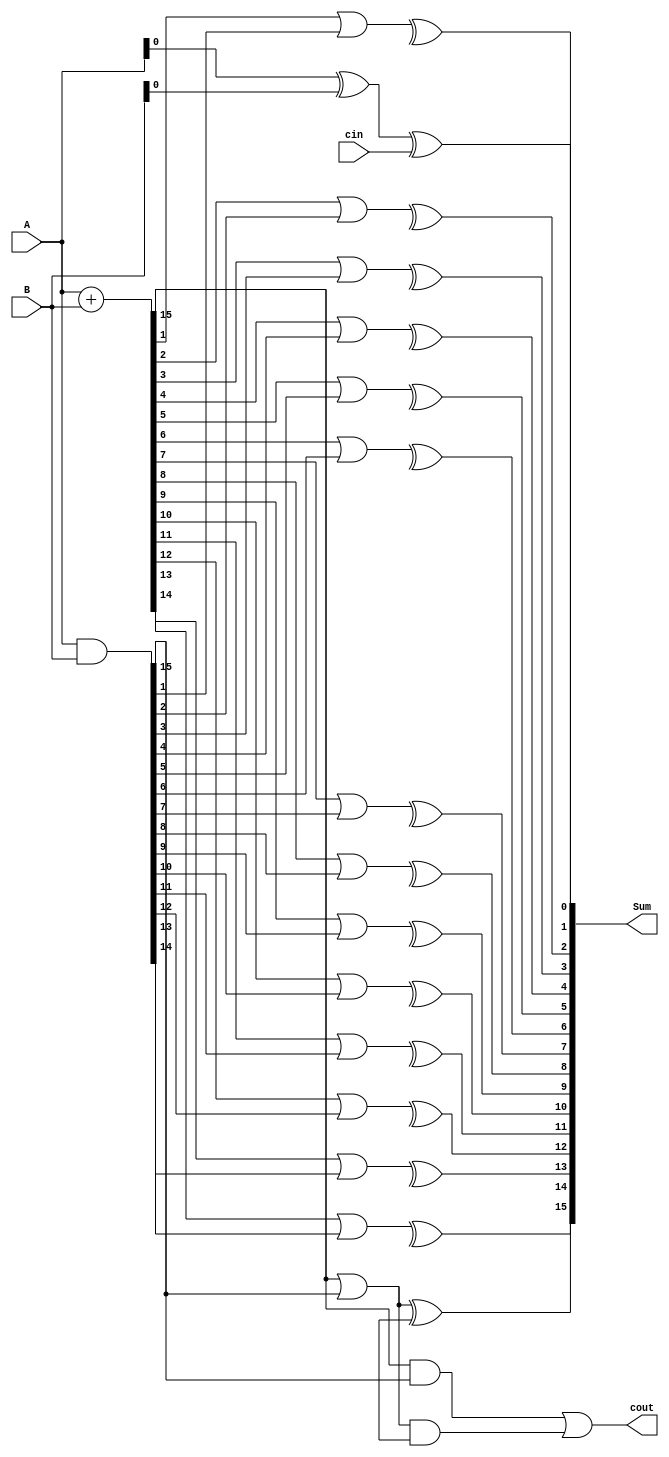
module carry_skip_adder (
    input [15:0] A,
    input [15:0] B,
    input cin,
    output [15:0] Sum,
    output cout
);

wire [15:0] P, G;
wire [15:0] C;
wire [15:0] Propagate;
wire [15:0] Generate;
wire [15:0] Carry_in;

assign {Propagate[15], Propagate[14:0]} = A + B;
assign {Generate[15], Generate[14:0]} = A & B;

genvar i;
generate
    for (i = 0; i < 16; i = i + 1) begin
        assign P[i] = Propagate[i] | Generate[i];
        assign G[i] = Propagate[i] & Generate[i];
    end
endgenerate

assign Sum[0] = A[0] ^ B[0] ^ cin;
assign Carry_in[0] = A[0] & B[0] | (A[0] ^ B[0]) & cin;

generate
    for (i = 1; i < 16; i = i + 1) begin
        assign Sum[i] = P[i] ^ C[i-1];
        assign Carry_in[i] = G[i] | (P[i] & C[i-1]);
    end
endgenerate

assign cout = G[15] | (P[15] & C[14]);

endmodule